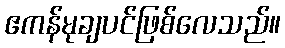
ဧကန်မုချပင်ဖြစ်လေသည်။